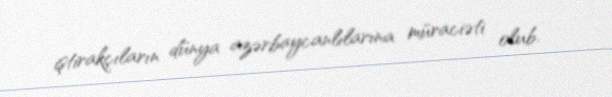
iştirakçıların dünya azərbaycanlılarına müraciəti olub.